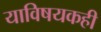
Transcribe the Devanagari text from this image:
याविषयकही